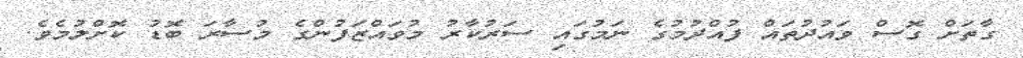
ގާތަށް ގޮސް ވައުދުތައް ފުއްދުމުގެ ނަމުގައި ސަރުކާރު މުވައްޒަފުންގެ މުސާރަ ބޮޑު ކޮށްލުމެވެ.